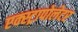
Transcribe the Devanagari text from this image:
एक्स्ट्रापोलेटर